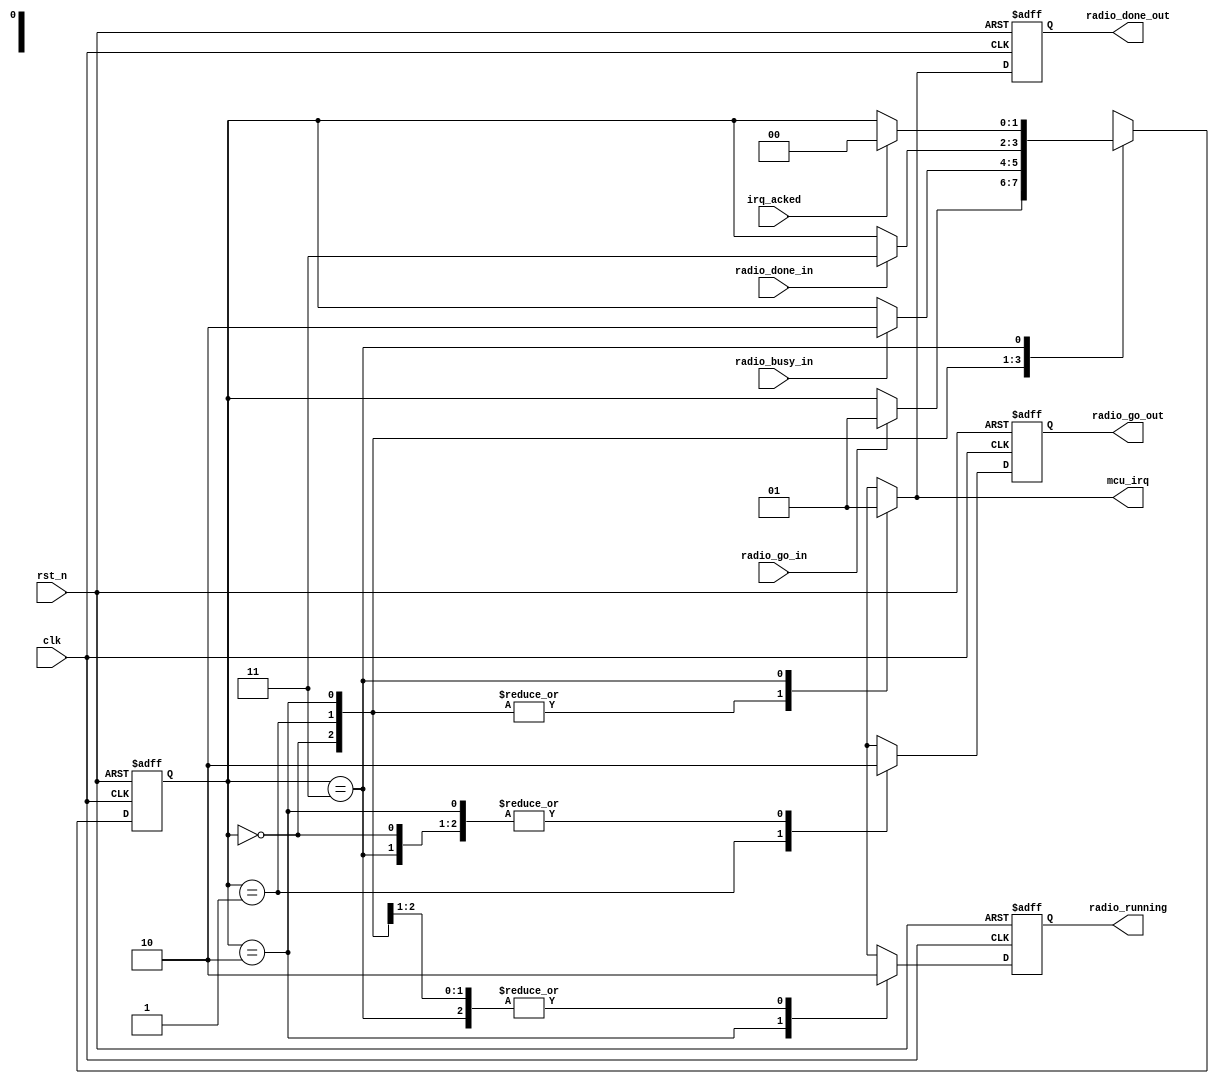
/////////////////////////////////////////////////////////////////////////////////////
//                                                                                 //
// Module : RFIDr Finite State Machine                                             //
//                                                                                 //
//                                                                                 //
// Copyright Superlative Semiconductor LLC 2021                                    //
// This source describes Open Hardware and is licensed under the CERN-OHL-P v2     //
// You may redistribute and modify this documentation and make products            //
// using it under the terms of the CERN-OHL-P v2 (https:/cern.ch/cern-ohl).        //
// This documentation is distributed WITHOUT ANY EXPRESS OR IMPLIED                //
// WARRANTY, INCLUDING OF MERCHANTABILITY, SATISFACTORY QUALITY                    //
// AND FITNESS FOR A PARTICULAR PURPOSE. Please see the CERN-OHL-P v2              //
// for applicable conditions.                                                      //
//                                                                                 //
// Description:                                                                    //
//                                                                                 //
//    This finite state machine controls operation of the RFIDr top level.         //
// It accepts argument inputs from the SPI as part of a very limited               //
// memory mapping and is ultimately controlled by the top level SPI.               //
// Perhaps the control registers should be kept in a separate module??             //
//                                                                                 //
// This state machine operates from the 55MHz clock (div'd down to 13.75MHz)       //
// This is a really simple state machine since the FPGA handles initialization     //
// on its own, and there is to be no manual loading of SRAM data from FLASH.       //
//    There will be no waveform playback state, since SPI access of the waveform   //
// storage RAM is plenty fast (enough to unload in 1/28 of a second even           //
// without any special burst modes). All we have is an IDLE_STATE,                 //
// RADIO_RUNNING state, and a RADIO_DONE state.                                    //
//                                                                                 //
//    Revisions:                                                                   //
//                                                                                 //
/////////////////////////////////////////////////////////////////////////////////////

module    rfidr_fsm
    (
        input        wire    radio_go_in,        //This needs to be a one-shot signal from the SPI control registers
        input        wire    radio_busy_in,      //This needs to be a level-based signal from the radio
        input        wire    radio_done_in,      //This needs to be a one-shot signal from the radio
        input        wire    irq_acked,          //This needs to be a one-shot signal from the SPI control registers
        input        wire    clk,
        input        wire    rst_n,
        
        output       reg     radio_go_out,
        output       reg     radio_running,      //This signal is required in order to disable SPI slave writes and SPI slave feedthrough
        output       reg     radio_done_out,
        output       reg     mcu_irq
    );
    
    //    Parameter and localparam definitions
        
    // State machine designations
    // We may need to move these to global parameters so that they don't get mismatched between modules.
    
    localparam    STATE_IDLE               =    2'd0;
    localparam    STATE_GO_ACK_WAIT        =    2'd1;
    localparam    STATE_RADIO_RUNNING      =    2'd2;
    localparam    STATE_RADIO_DONE         =    2'd3;            //Here, we await acknowledgement from the MCU that the radio done signal has been received.
    
    //Local register definitions
    
    reg    [1:0]    state, state_next;
    reg    radio_go_out_next;                //This signal needs to be flopped since it it going to 4.5MHz domain
    reg    radio_running_next;
    reg    radio_done_out_next;
    
    always @(*)    begin
    
        // Defaults
        
        radio_go_out_next       =    1'b0;
        radio_running_next      =    1'b0;
        radio_done_out_next     =    1'b0;
        state_next              =    state;
        mcu_irq                 =    1'b0;
    
        case(state)
            STATE_IDLE: begin
                if(radio_go_in)    begin
                    state_next            =    STATE_GO_ACK_WAIT;
                end
            end
            STATE_GO_ACK_WAIT: begin
                radio_go_out_next         =    1'b1;                    //This delay actually helps radio_go happen after radio_mode is set.
                if(radio_busy_in)    begin                              //More importantly, radio_go_out_next is a pulse that needs to be handshook. The busy signal handshakes this.
                    state_next            =    STATE_RADIO_RUNNING;
                end
            end
            STATE_RADIO_RUNNING: begin
                radio_running_next        =    1'b1;
                if(radio_done_in)
                    state_next            =    STATE_RADIO_DONE;
            end
            STATE_RADIO_DONE: begin
                radio_done_out_next       =    1'b1;
                mcu_irq                   =    1'b1;
                if(irq_acked)
                    state_next            =    STATE_IDLE;
            end
        endcase
    end
    
    always @(posedge clk or negedge rst_n)    begin
        if(!rst_n)    begin
            radio_go_out     <=    1'b0;
            radio_done_out   <=    1'b0;
            radio_running    <=    1'b0;
            state            <=    STATE_IDLE;
        end  else    begin
            radio_go_out     <=    radio_go_out_next;
            radio_done_out   <=    radio_done_out_next;
            radio_running    <=    radio_running_next;
            state            <=    state_next;
        end
    end
endmodule